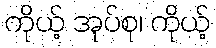
ကိုယ့် အုပ်စု၊ ကိုယ့်